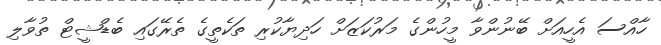
ހާއްސަ އެހީއަށް ބޭނުންވާ މީހުންގެ މަރުކަޒަށް ހަދިޔާކުރި ތަކެތީގެ ތެރޭގައި ބެޑްޝީޓް ތުވާލި